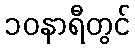
၁၀နာရီတွင်